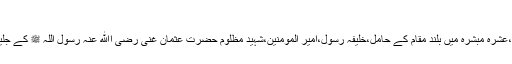
مزیدپڑھیں
سرکارِ دوجہاں ﷺ کے داماد،عشرۂ مبشرہؓ میں بلند مقام کے حامل،خلیفۂ رسولؐ،امیر المؤمنین،شہید مظلوم حضرت عثمان غنی رضی اﷲ عنہ رسول اللہ ﷺ کے جلیل القدر صحابہؓ میں سے ہیں۔